Annual administration report of the Civil Veterinary Department, Ajmere-Merwara, British Rajputana - 1914-1940
Year: 1914
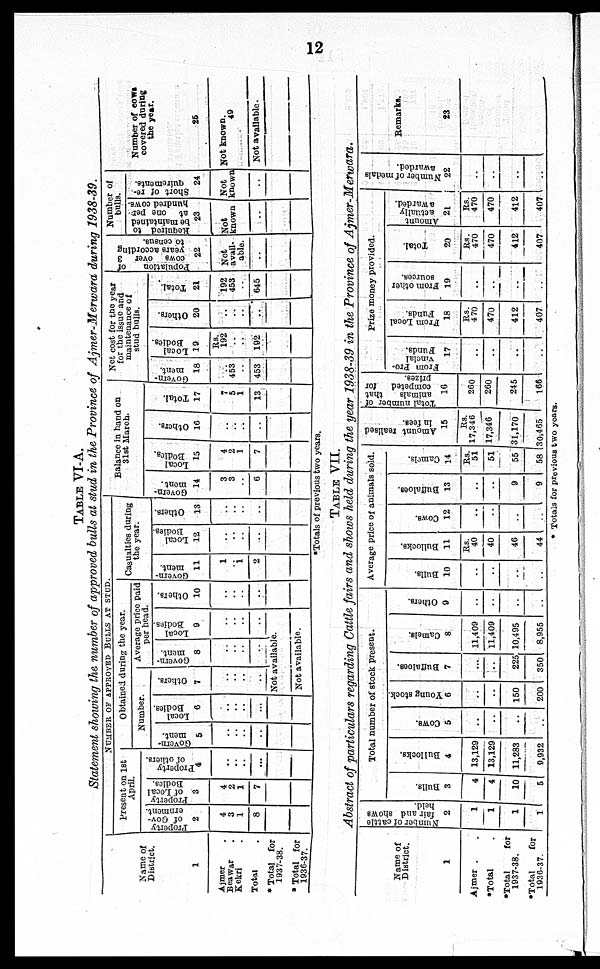
12
TABLE VI-A.
Statement showing the number of approved bulls at stud in the Province of Ajmer-Merwara during 1938-39.
Name of
District.
1
Ajmer .
Beawar .
Kekri .
Total .
* Total for
1937-38.
* Total for
1936-37.
NUMBER OF APPROVED BULLS AT STUD.
Present on 1st
April.
Property
of Gov-
ernment.
2
4
3
1
8
property
of Local
Bodies.
3
4
2
1
7
Property
of others.
4
..
..
..
..
Obtained during the year.
Number
Govern-
ment.
5
..
..
..
..
Local
Bodies.
6
..
..
..
..
Others.
7
..
..
..
..
Average price paid
per head.
Govern-
ment.
8
..
..
..
..
Local
Bodies.
9
..
..
..
..
Not available.
Not available.
Others.
10
..
..
..
..
Casualties during
the year.
Govern-
ment.
11
1
..
1
2
Local
Bodies.
12
..
..
..
..
Others.
13
..
..
..
..
Balance in hand on
31st March.
Govern-
ment.
14
3
3
..
6
Local
Bodies.
15
4
2
1
7
Others.
16
..
..
..
..
Total.
17
7
5
1
13
Net cost for the year
for the issue and
maintenance of
stud bulls.
Govern-
ment.
18
..
453
..
453
Local
Bodies.
19
Rs.
192
..
..
192
Others.
20
..
..
..
..
Total.
21
192
453
..
645
Popul a t
i
on of
cows over 3
years according
to census.
22
Not
avail-
able.
..
Number of
bulls.
Required to
be maintained
at one per-
hundred cows.
23
Not
known
..
Short of re-
quirements.
24
Not
known
..
Number of cows
covered during
the year.
25
Not known.
49
Not available.
*Totals of previous two years.
TABLE VII.
Abstract of particulars regarding Cattle fairs and shows held during the year 1938-39 in the Province of Ajmer-Merwara.
Name of
District.
1
Ajmer . .
*Total
*Total
for
1937-38.
*Total
for
1036-37.
Number
of cattle
fair and shows
held.
2
1
1
1
1
Total number of stock present.
Bulls.
3
4
4
10
5
Bullocks.
4
13,129
13,129
11,283
9,932
Cows.
5
..
..
..
..
Young stock.
6
..
..
150
200
Buffaloes.
7
..
..
225
350
Camels.
8
11,409
11,409
10,495
8,955
Others.
9
..
..
..
..
Average price of animals sold.
Bulls.
10
..
..
..
..
Bullocks.
11
Rs.
40
40
46
44
Cows.
12
..
..
..
..
Buffaloes.
13
..
..
9
9
Camels.
14
Rs.
51
51
55
58
Amount realised
in fees.
15
Rs.
17,346
17,346
31,170
30,465
Total number of
animals
that
competed for
prizes.
16
260
260
245
166
Prize money provided.
From pro-
vincial
Funds.
17
..
..
..
..
From Local
Funds.
18
Rs.
470
470
412
407
From other
sources.
19
..
..
..
..
Total.
20
Rs.
470
470
412
407
Amount
actually
awarded.
21
Rs.
470
470
412
407
Number of modals
awarded.
22
..
..
..
..
Remarks.
23
* Totals for previous two years.